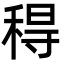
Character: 䅞